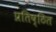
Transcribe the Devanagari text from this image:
प्रतिष्‍िठत